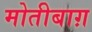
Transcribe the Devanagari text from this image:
मोतीबाग़